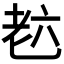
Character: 𦒹